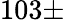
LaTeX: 103\pm